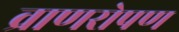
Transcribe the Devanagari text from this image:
व्राणरोपण